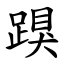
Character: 䠐